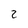
Character: 2